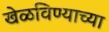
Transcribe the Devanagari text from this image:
खेळविण्याच्या